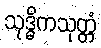
သုဒ္ဓိကသုတ္တံ